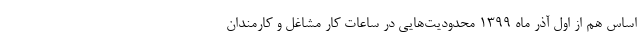
اساس هم از اول آذر ماه 1399 محدودیت‌هایی در ساعات کار مشاغل و کارمندان